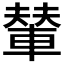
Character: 輦